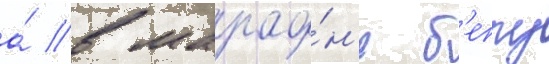
а́ в марафо́н'е б'еппу